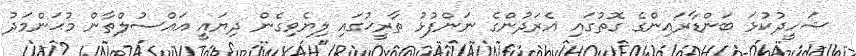
ޝަހީދުކުޅަ ބަންޑާރައިންގެ ގޮތުގައި އެރަދުންގެ ނަންފުޅު ތާރީޚުގައި ލިޔެވިގެން ދިޔައީ އައްސުލްތާން މުޙަންމަދު